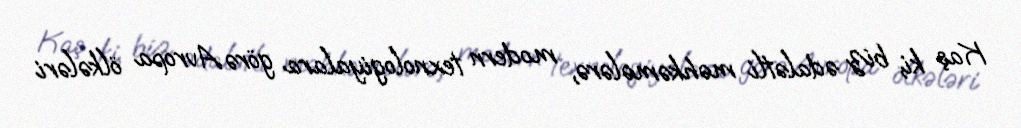
Kaş ki, biz ədalətli məhkəmələrə, modern texnologiyalara görə Avropa ölkələri